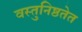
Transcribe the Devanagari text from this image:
वस्तुनिष्ठतेत